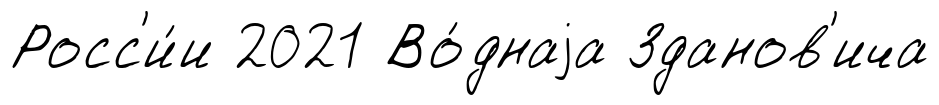
Росс'и́и 2021 Во́днаjа Зданов'ича